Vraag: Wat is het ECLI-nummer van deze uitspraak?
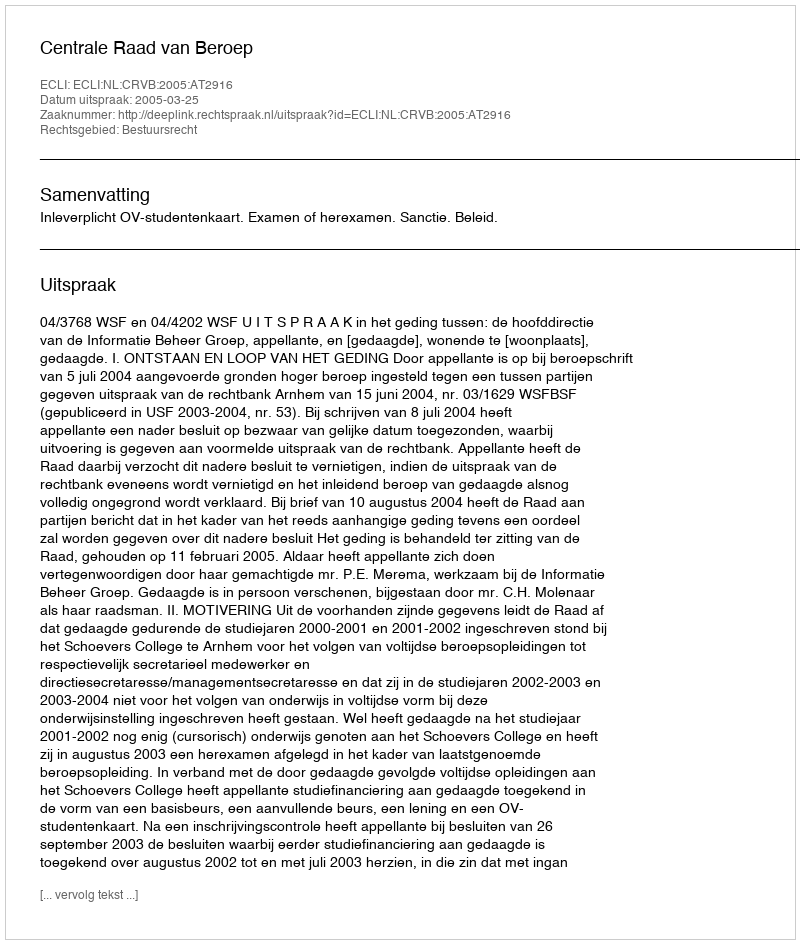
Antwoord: ECLI:NL:CRVB:2005:AT2916